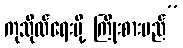
ကုသိုလ်ရေးမို့ ကြိုးစားမည်”